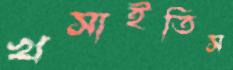
খসাইতিস